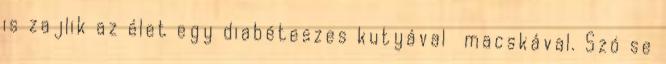
is zajlik az élet egy diabéteszes kutyával macskával. Szó se